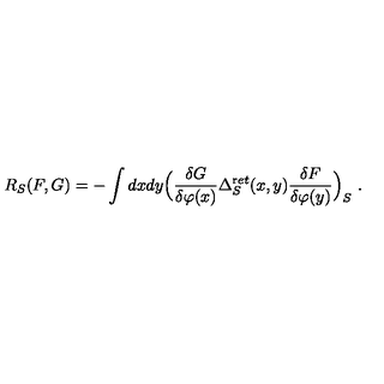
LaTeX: R _ { S } ( F , G ) = - \int d x d y \Bigl ( \frac { \delta G } { \delta \varphi ( x ) } \Delta _ { S } ^ { \mathrm r e t } ( x , y ) \frac { \delta F } { \delta \varphi ( y ) } \Bigr ) _ { S } \ .